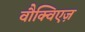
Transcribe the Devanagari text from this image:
वौक्विएज़